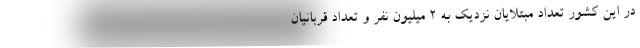
در این کشور تعداد مبتلایان نزدیک به 2 میلیون نفر و تعداد قربانیان